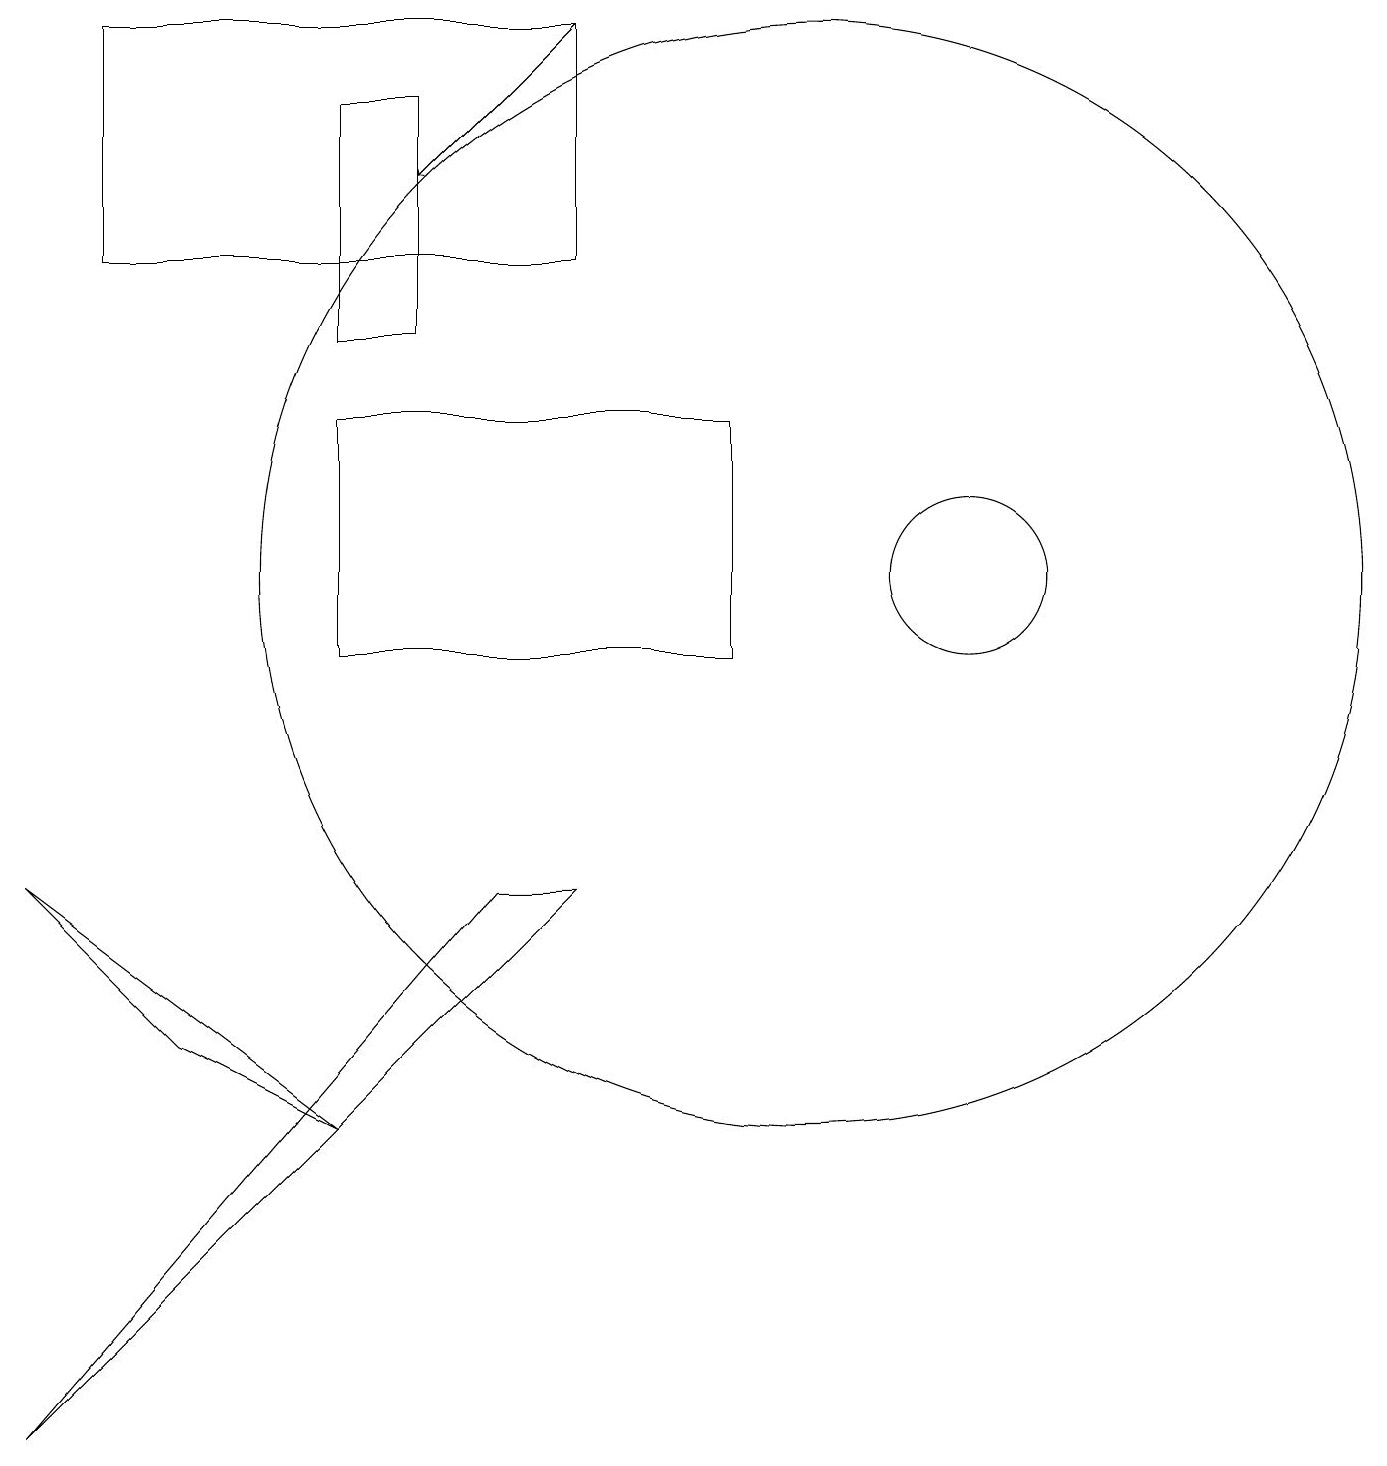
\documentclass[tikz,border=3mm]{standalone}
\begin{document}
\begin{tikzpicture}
\draw (0,1) -- (6,8) -- (7,8) -- cycle;
\draw (5,15) rectangle (4,18);
\draw (0,8) -- (2,6) -- (4,5) -- cycle;
\draw (12,12) circle (1);
\draw (10,12) circle (7);
\draw (7,19) rectangle (1,16);
\draw (9,14) rectangle (4,11);
\draw[->] (7,19) -- (5,17);
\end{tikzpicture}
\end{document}